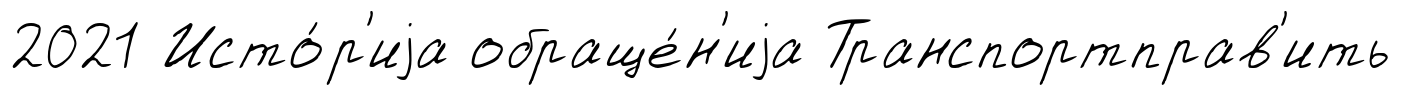
2021 Исто́р'иjа обраще́н'иjа Транспортправ'ить